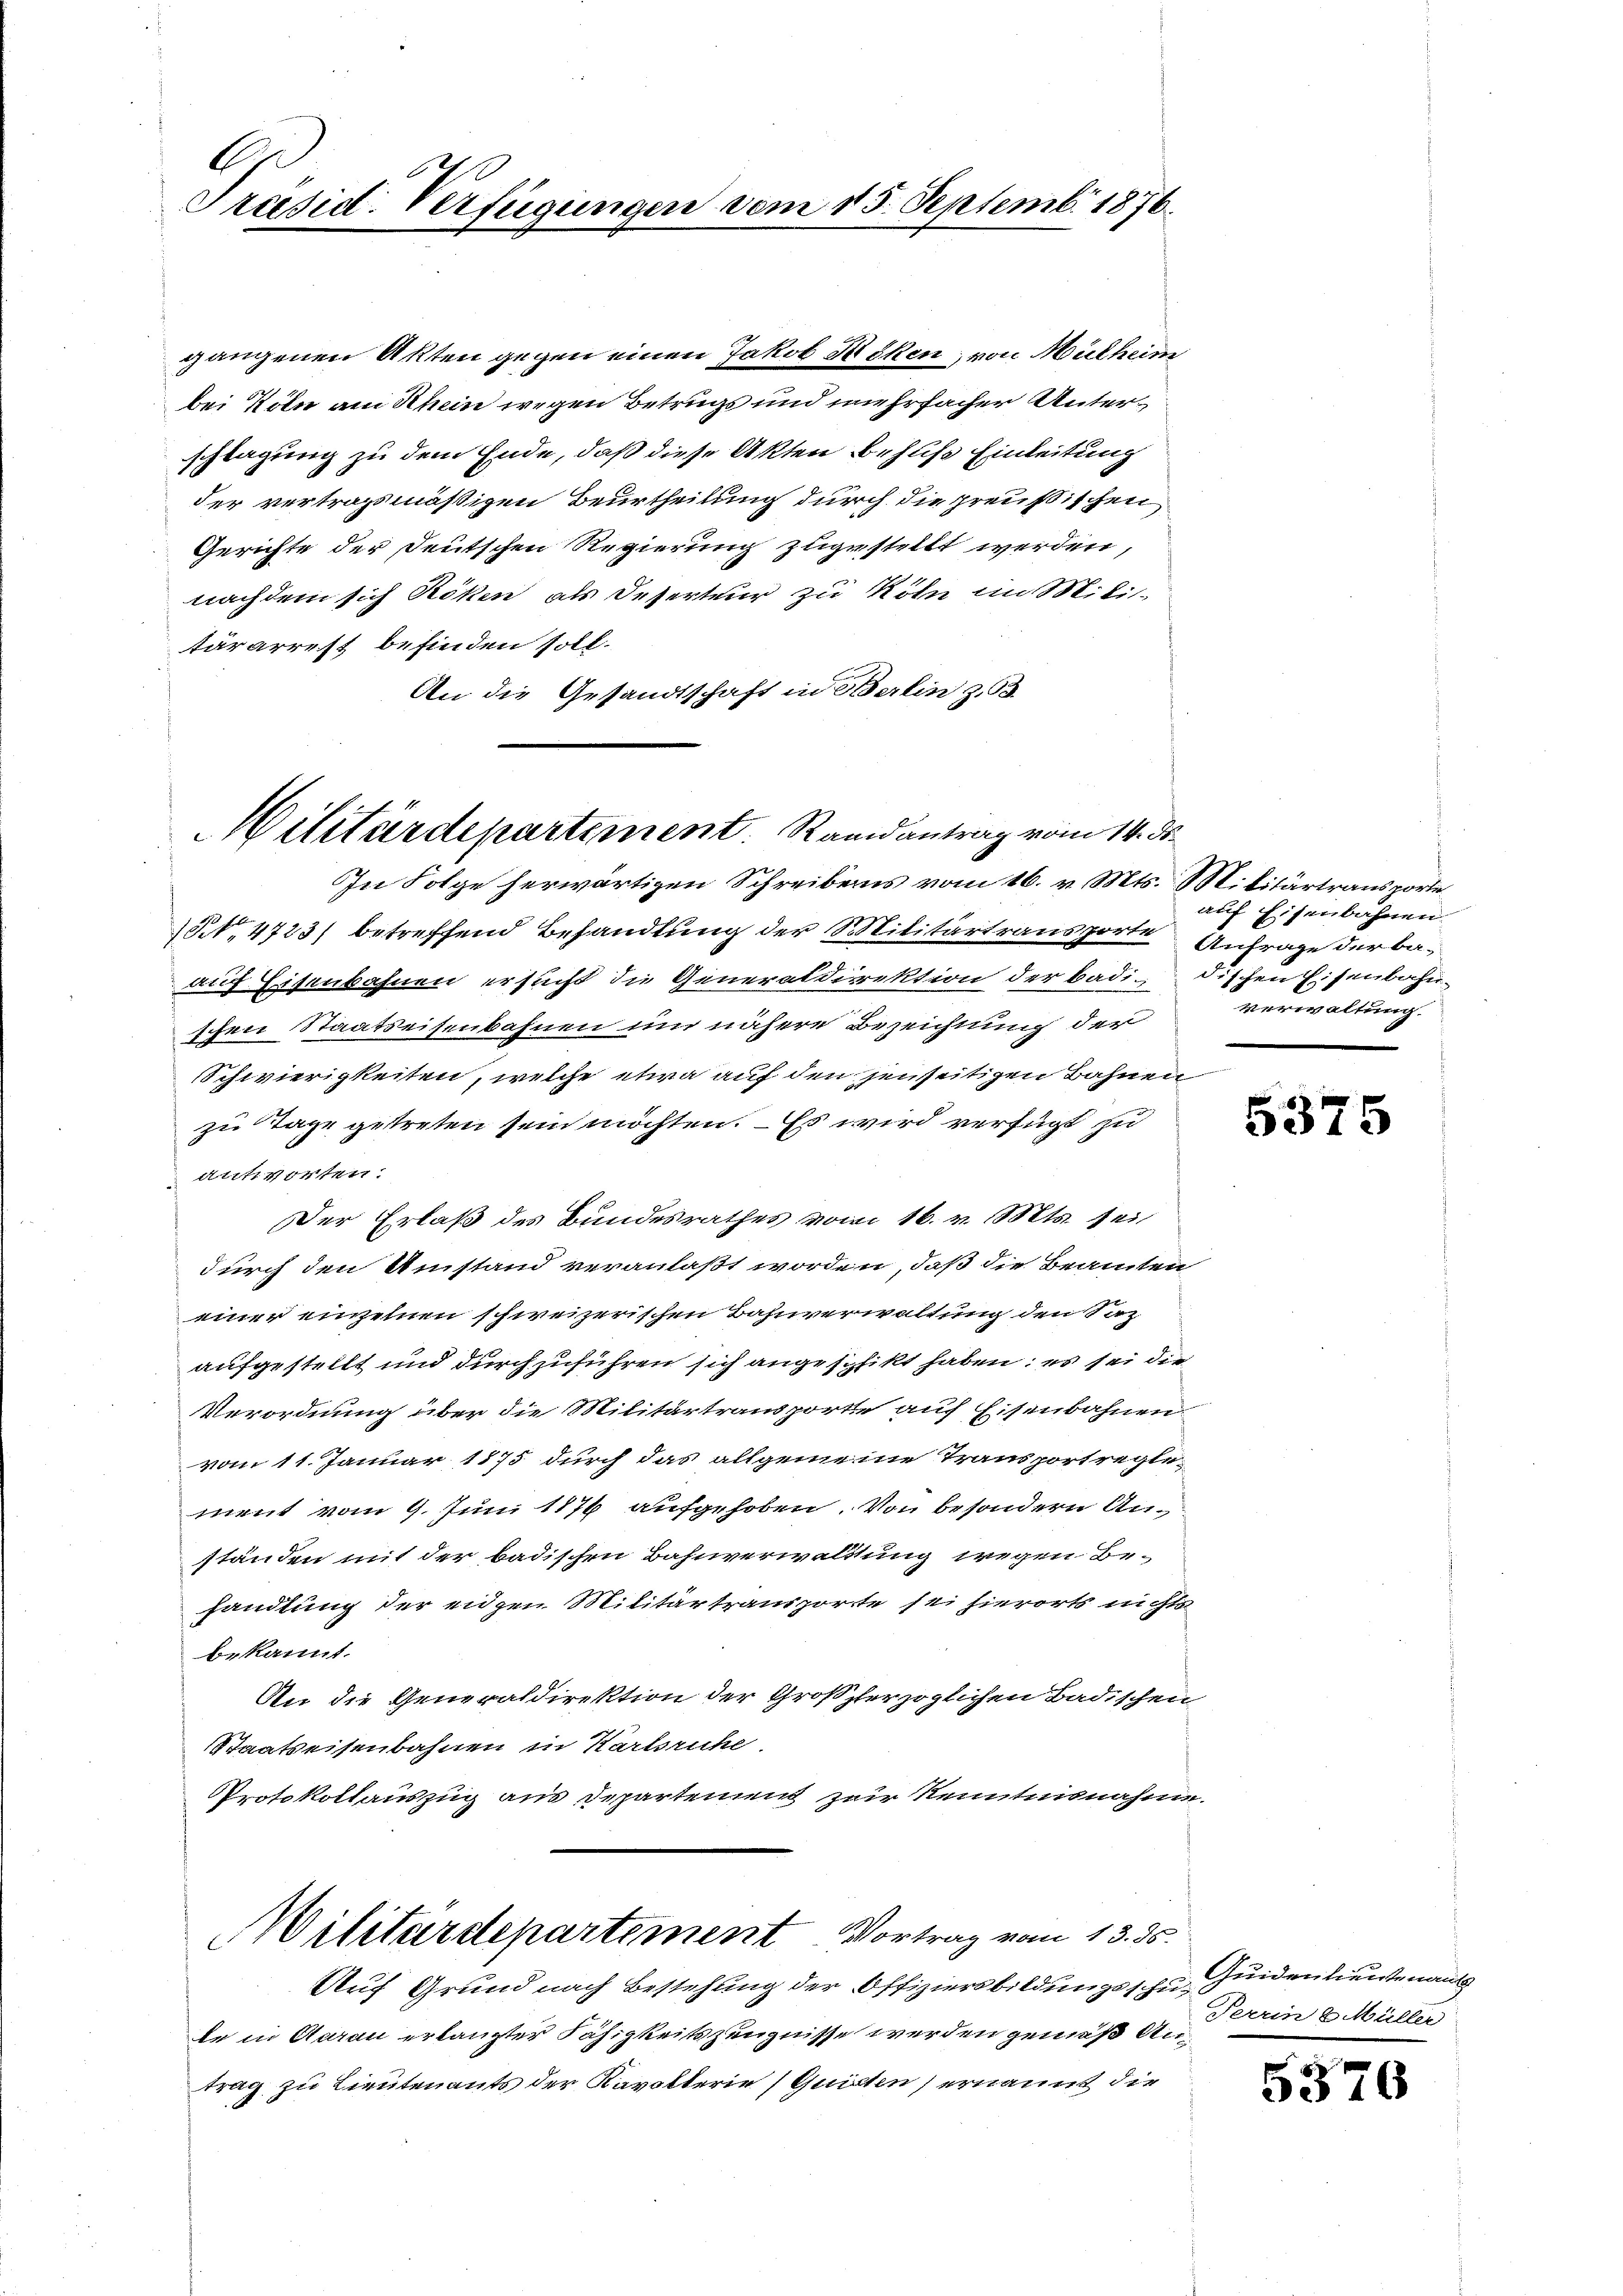
G
Präsid. Verfügungen vom 15. Septemb. 1876.

gangenen Akten gegen einen Jakob Beken, von Mülheim
bei Köln am Rhein wegen Betrugs und mehrfacher Unterschlagung zu dem Ende, daß diese Akten behls Einleitung
der vertragsmäßigen Beurtheilung durch die preußischen
Gerichte der Deutschen Regierung zugestellt werden,
nachdem sich Riken als Deserteur zu Röhn im Mili-
tärarrest befinden soll.
An die Gesandtschaft in Berlin z. B.

Militärdepartement Randantrag vom 14. ds.

Militärdepartement Vortrag vom 13. ds.

In Folge herwärtigen Schreibens vom 16. v. Mts. Militärtransporte
(No. 4723) betreffend Behandlung der Militärtransporte Anfrage derbaauf Eisenbahnen ersucht die Generaldirektion der badidischen Eisenbahn-
schen Staatseisenbahnen um nähere Bezeichnung der
Schwierigkeiten, welche etwa auf den jenseitigen Bahnen
zu Tage getreten sein möchten. – Es wird verfügt zu
antworten.
Der Erlaß des Bundesrathes vom 16. v. Mts. sei
durch den Umstand veranlaßt worden, daß die Beamten
einer einzelnen schweizerischen Bahnverwaltung den Saz
aufgestellt und durchzuführen sich angeschikt haben; es sei die
Verordnung über die Militärtransporte auf Eisenbahnen
vom 11. Januar 1875 durch das allgemeine Transportreglement vom 9. Juni 1876 aufgehoben. Von besondern Anständen mit der badischen Bahnverwaltung wegen Be-
handlung der eidgen Militärtransporte sei hierorts nichts
bekannt.
An die Generaldirektion der Großherzoglichen Badischen
Staatseisenbahnen in Karlsruhe.
Protokollauszug aus Departement zur Kenntnisnahme.

auf Eisenbahnen.
verwaltung.

Auf Grund nach Bestehung der Offiziersbildungssche Guiden lieutenants
de in Aarau erlangter Fähigkeitszeugnisse werden gemäß Antrag zu Lieutenants der Kavolterie (Quitten ernannt die

5575

Terrin & Müller

5576